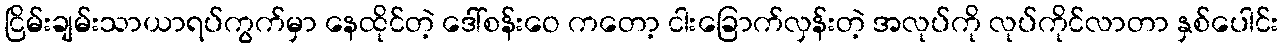
ငြိမ်းချမ်းသာယာရပ်ကွက်မှာ နေထိုင်တဲ့ ဒေါ်စန်းဝေ ကတော့ ငါးခြောက်လှန်းတဲ့ အလုပ်ကို လုပ်ကိုင်လာတာ နှစ်ပေါင်း